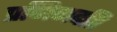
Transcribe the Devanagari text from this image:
प्रणिगदति